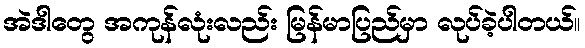
အဲဒါတွေ အကုန်လုံးလည်း မြန်မာပြည်မှာ လုပ်ခဲ့ပါတယ်။